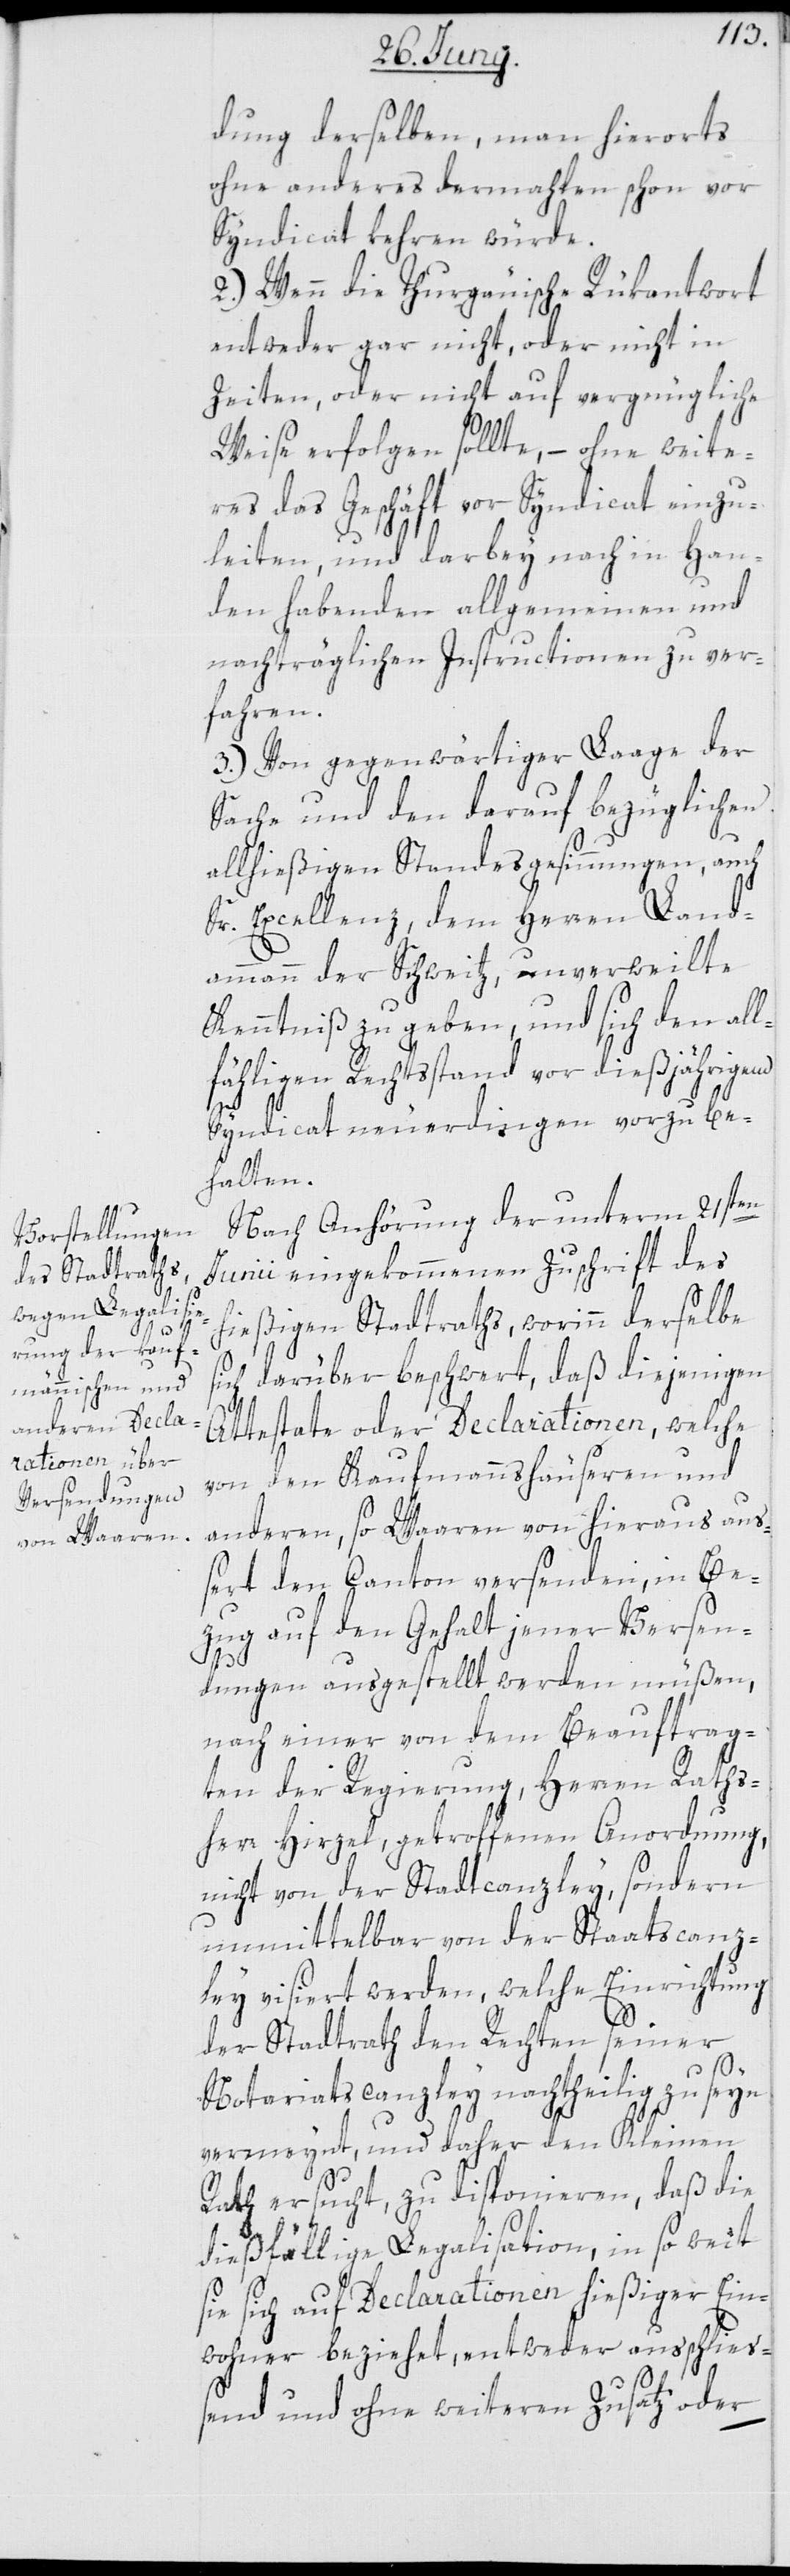
dung derselben, man hierorts
ohne anderes dermahlen schon vor
Syndicat kehren würde.
2.) Wenn die Thurgäuische Rükantwort
entweder gar nicht, oder nicht in
Zeiten, oder nicht auf vergnügliche
Weise erfolgen sollte, – ohne weite¬
res das Geschäft vor Syndicat einzu¬
leiten, und darbey nach in Han¬
den habenden allgemeinen und
nachträglichen Instructionen zu ver¬
fahren.
3.) Von gegenwärtiger Laage der
Sache und den darauf bezüglichen
allhießigen Standesgesinnungen, auch
Sr. Excellenz dem Herren Land¬
ammann der Schweitz, unverweilte
Kenntniß zu geben, und sich den all¬
fähligen Rechtsstand vor dießjährigem
Syndicat neuerdingen vorzube¬
halten.
Nach Anhörung der unterm 21sten
Junii eingekommenen Zuschrift des
hießigen Stadtraths, worinn derselbe
sich darüber beschwert, daß diejenigen
Attestate oder Declarationen, welche
von den Kaufmannshäuseren und
anderen, so Waaren von hieraus au¬
ßert den Canton versenden, in Be¬
zug auf den Gehalt jener Versen¬
dungen ausgestellt werden müßen,
nach einer von dem Beauftrag¬
ten der Regierung, Herren Raths¬
herr Hirzel, getroffenen Anordnung,
nicht von der Stadtcanzley, sondern
unmittelbar von der Staatscanz¬
ley visiert werden, welche Einrichtung
der Stadtrath den Rechten seiner
Notariatscanzley nachtheilig zu seyn
vermeynt, und daher den Kleinen
Rath ersucht, zu disponieren, daß die
dießfällige Legalisation, in so weit
sie sich auf Declarationen hießiger Ein¬
wohner beziehet, entweder ausschließ¬
end und ohne weiteren Zusatz oder